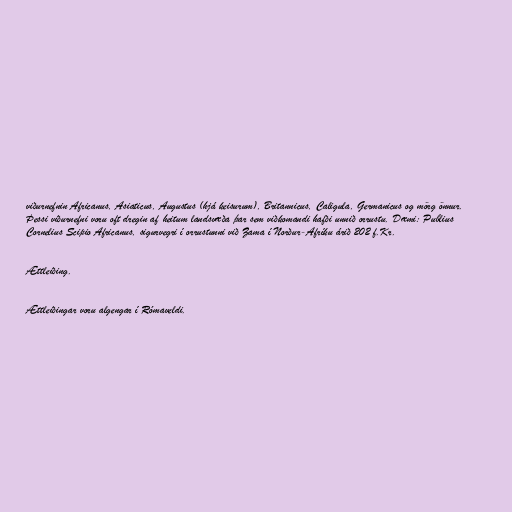
viðurnefnin Africanus, Asiaticus, Augustus (hjá keisurum), Britannicus, Caligula, Germanicus og mörg önnur.
Þessi viðurnefni voru oft dregin af heitum landsvæða þar sem viðkomandi hafði unnið orrustu. Dæmi: Publius
Cornelius Scipio Africanus, sigurvegri í orrustunni við Zama í Norður-Afríku árið 202 f.Kr.

Ættleiðing.

Ættleiðingar voru algengar í Rómaveldi.